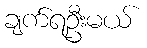
ချက်ရဦးမယ်